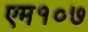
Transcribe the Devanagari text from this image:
एम१०७